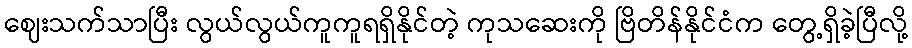
ဈေးသက်သာပြီး လွယ်လွယ်ကူကူရရှိနိုင်တဲ့ ကုသဆေးကို ဗြိတိန်နိုင်ငံက တွေ့ရှိခဲ့ပြီလို့